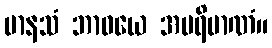
မာနသံ ဘာဝယေ အပရိမာဏံ။